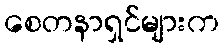
စေတနာရှင်များက